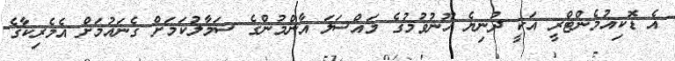
އެ ޑޮކިއުމެންޓްރީ އަކީ ދުނިޔެ ހޫނުވުމުގެ މައްސަލަ އާންމުންގެ ސަމާލުކަމަށް ގެނައުމަށް އެމެރިކާގެ